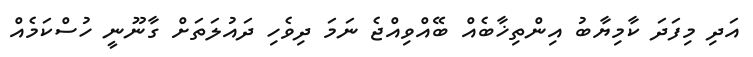
އަދި މިފަދަ ކާމިޔާބު އިންތިޚާބެއް ބޭއްވިއްޖެ ނަމަ ދިވެހި ދައުލަތަށް ގާނޫނީ ހުސްކަމެއް